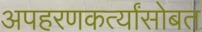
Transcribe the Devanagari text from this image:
अपहरणकर्त्यांसोबत